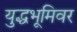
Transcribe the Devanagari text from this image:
युद्धभूमिवर